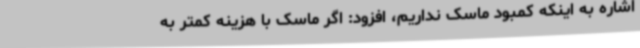
اشاره به اینکه کمبود ماسک نداریم، افزود: اگر ماسک با هزینه کمتر به